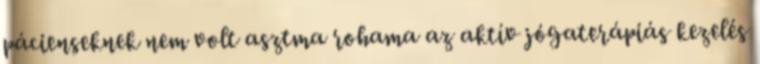
pácienseknek nem volt asztma rohama az aktív jógaterápiás kezelés